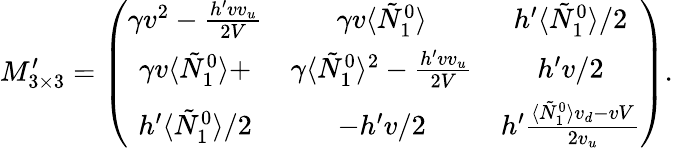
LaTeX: M_{3\times 3}^{\prime}=\left(\begin{array}{ccc}{{\gamma v^{2}-\frac{h^{\prime}vv_{u}}{2V}}}&{{\gamma v\langle\tilde{N}_{1}^{0}\rangle}}&{{h^{\prime}\langle\tilde{N}_{1}^{0}\rangle/2}}\\ {{\gamma v\langle\tilde{N}_{1}^{0}\rangle+}}&{{\gamma\langle\tilde{N}_{1}^{0}\rangle^{2}-\frac{h^{\prime}vv_{u}}{2V}}}&{{h^{\prime}v/2}}\\ {{h^{\prime}\langle\tilde{N}_{1}^{0}\rangle/2}}&{{-h^{\prime}v/2}}&{{h^{\prime}\frac{\langle\tilde{N}_{1}^{0}\rangle v_{d}-vV}{2v_{u}}}}\end{array}\right).